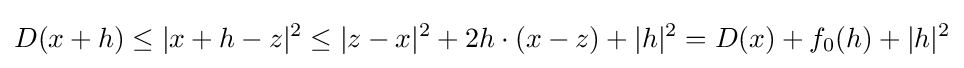
\displaystyle {D(x+h)\leq |x+h-z|^{2}\leq |z-x|^{2}+2h\cdot (x-z)+|h|^{2}=D(x)+f_{0}(h)+|h|^{2}}